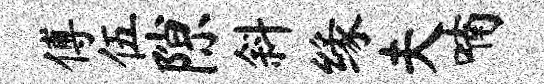
傅伍隙斜缘夫喃